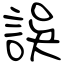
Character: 誤